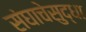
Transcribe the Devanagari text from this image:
संघाचेसुद्धा